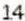
14